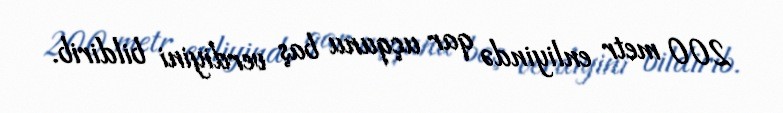
200 metr enliyində qar uçqunu baş verdiyini bildirib.